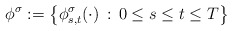
\begin{align*}\phi^{\sigma}:=\left\{ \phi_{s,t}^{\sigma}(\cdot)\,:\,0\leq s\leq t\leq T\right\} \end{align*}